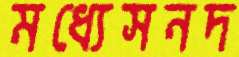
মধ্যেসনদ